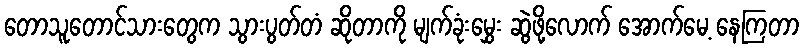
တောသူတောင်သားတွေက သွားပွတ်တံ ဆိုတာကို မျက်ခုံးမွှေး ဆွဲဖို့လောက် အောက်မေ့ နေကြတာ